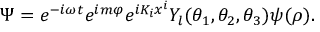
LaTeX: \Psi = e ^ { - i \omega t } e ^ { i m \varphi } e ^ { i K _ { i } x ^ { i } } Y _ { l } ( \theta _ { 1 } , \theta _ { 2 } , \theta _ { 3 } ) \psi ( \rho ) .